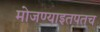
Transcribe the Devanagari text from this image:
मोजण्याइतपतच